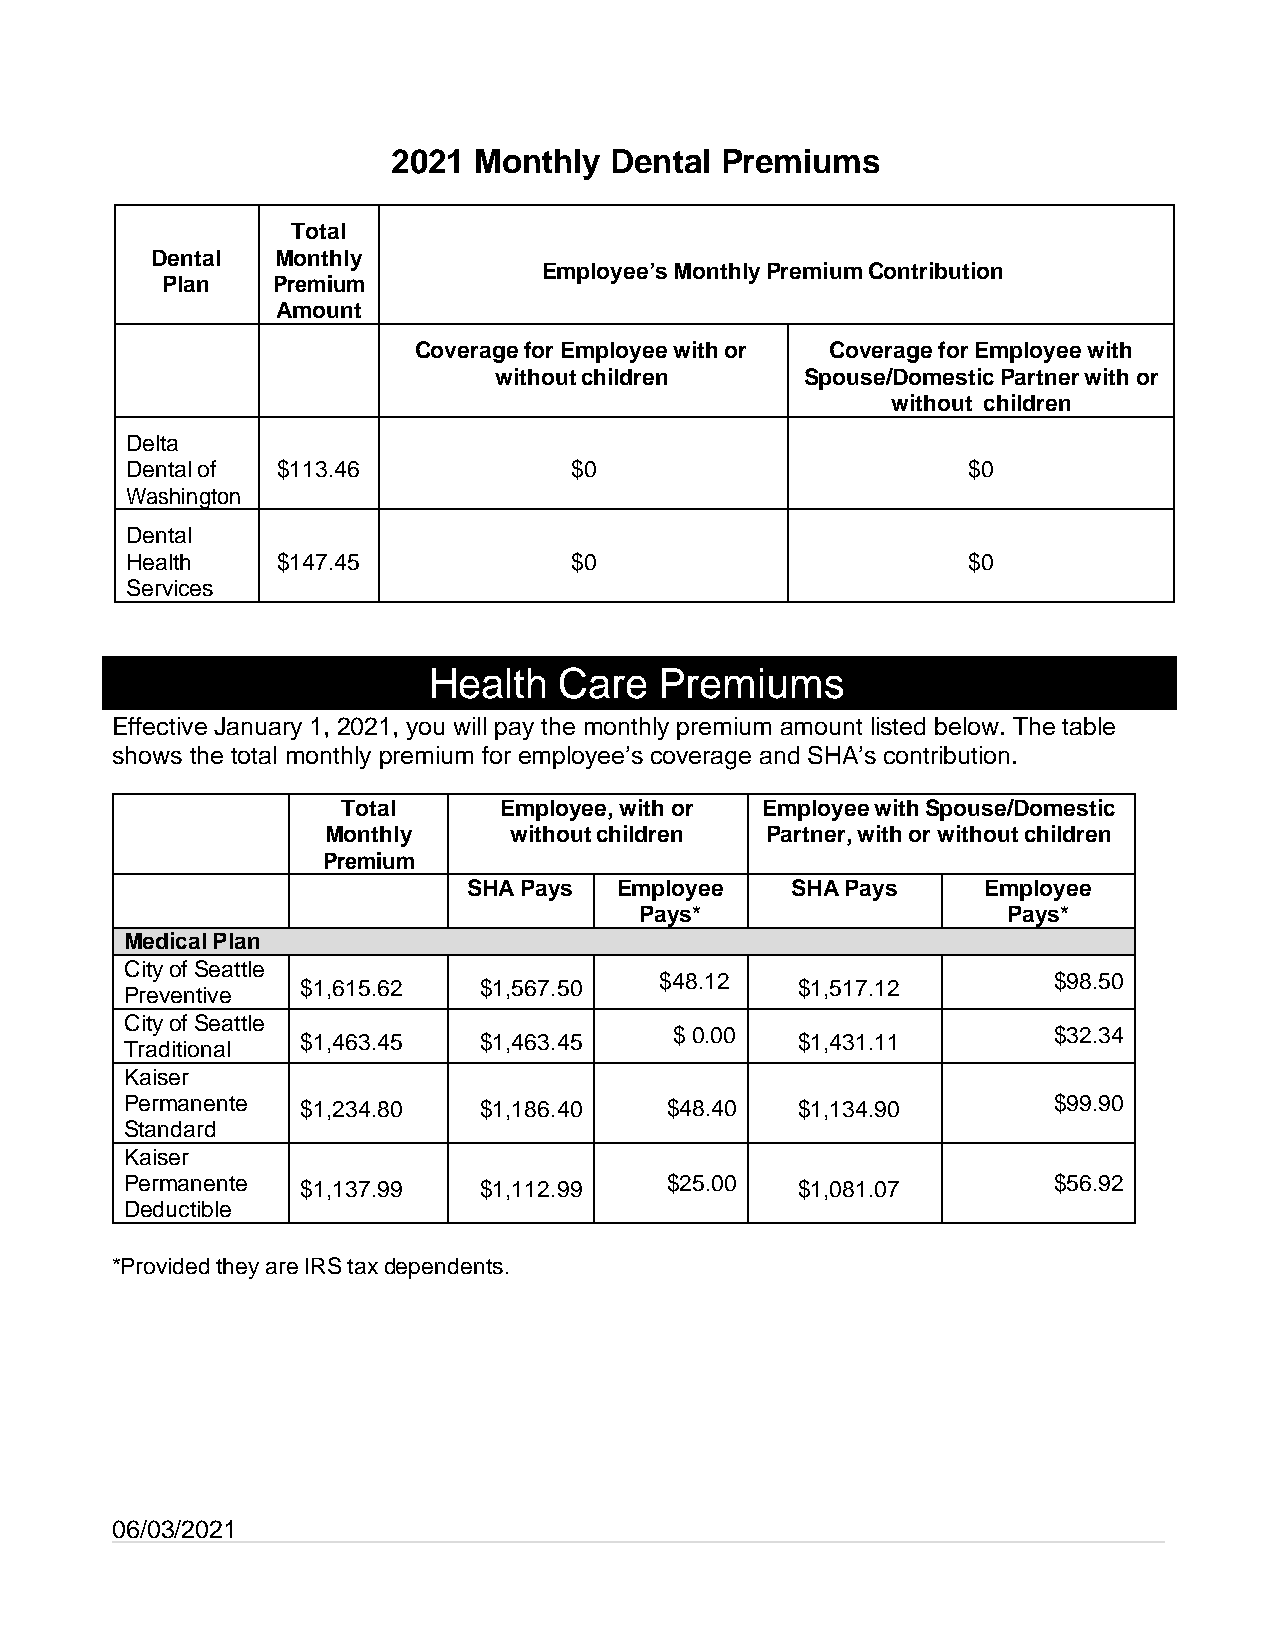
2021 Monthly  Dental  Premiums
 Total
 Dental  Monthly
 Employee’s Monthly Premium Contribution
 Plan   Premium
 Amount
 Coverage for Employee with or Coverage for Employee with
 without children    Spouse/Domestic Partner with or
 without children
 Delta
 Dental of $113.46             $0                        $0
 Washington
 Dental
 Health    $147.45             $0                        $0
 Services
 Health   Care   Premiums
 Effective January 1, 2021, you will pay the monthly premium amount listed below. The table
 shows the total monthly premium for employee’s coverage and SHA’s contribution.
 Total     Employee, with or Employee with Spouse/Domestic
 Monthly     without children Partner, with or without children
 Premium
 SHA Pays  Employee   SHA Pays     Employee
 Pays*                    Pays*
 Medical Plan
 City of Seattle
 $48.12                    $98.50
 $1,615.62   $1,567.50            $1,517.12
 Preventive
 City of Seattle
 $ 0.00                   $32.34
 $1,463.45   $1,463.45            $1,431.11
 Traditional
 Kaiser
 Permanente  $1,234.80   $1,186.40   $48.40   $1,134.90        $99.90
 Standard
 Kaiser
 Permanente  $1,137.99   $1,112.99   $25.00   $1,081.07        $56.92
 Deductible
 *Provided they are IRS tax dependents.
 06/03/2021